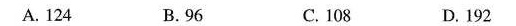
A.124 B.96 C.108 D.192